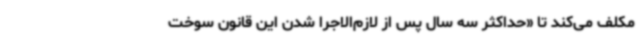
مکلف می‌کند تا «حداکثر سه سال پس از لازم‌الاجرا شدن این قانون سوخت